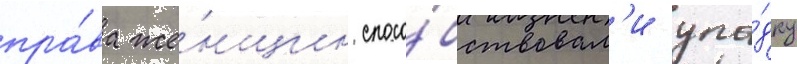
пра́ва же́нщин спосо́бствовал'и упа́дку